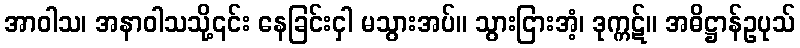
အာဝါသ၊ အနာဝါသသို့၎င်း နေခြင်းငှါ မသွားအပ်။ သွားငြားအံ့၊ ဒုက္ကဋ်။ အဓိဋ္ဌာန်ဥပုသ်